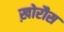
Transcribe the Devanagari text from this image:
ख़ोरौस